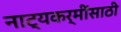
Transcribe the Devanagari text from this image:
नाट्यकर्मींसाठी